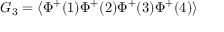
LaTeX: G _ { 3 } = \left\langle \Phi ^ { + } ( 1 ) \Phi ^ { + } ( 2 ) \Phi ^ { + } ( 3 ) \Phi ^ { + } ( 4 ) \right\rangle